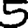
Digit: 5